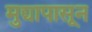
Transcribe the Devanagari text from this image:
मुद्द्यापासून